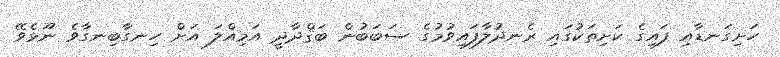
ހަށިގަނޑާއި ފައިގެ ކަށިތަކުގައި ރެނދުލާފައިވުމުގެ ސަބަބުން ބަޤްދާދީ އަމިއްލަ އަށް ހިނގާބިނގާވެ ނޫޅެވޭ